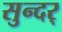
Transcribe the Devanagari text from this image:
सुन्दर्